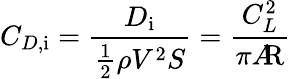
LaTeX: C_{D,{\mathrm{i}}}={\frac{D_{\mathrm{i}}}{{\frac{1}{2}}\rho V^{2}S}}={\frac{C_{L}^{2}}{\pi A\! \! {\mathrm{R}}}}